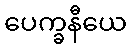
ပေက္ခနီယေ